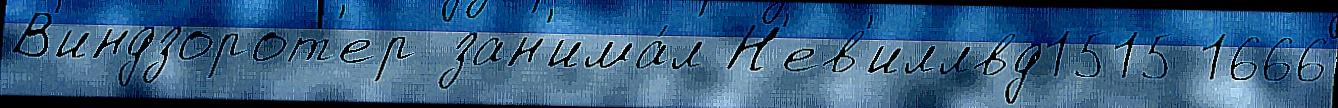
В'индзорот'ер зан'има́л Н'ев'иллвд1515 1666